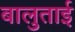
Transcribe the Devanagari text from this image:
बालुताई